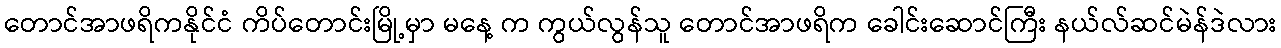
တောင်အာဖရိကနိုင်ငံ ကိပ်တောင်းမြို့မှာ မနေ့ က ကွယ်လွန်သူ တောင်အာဖရိက ခေါင်းဆောင်ကြီး နယ်လ်ဆင်မဲန်ဒဲလား